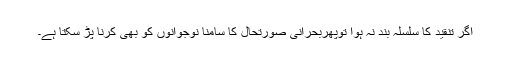
اگر تنقید کا سلسلہ بند نہ ہوا توپھربحرانی صورتحال کا سامنا نوجوانوں کو بھی کرنا پڑ سکتا ہے۔